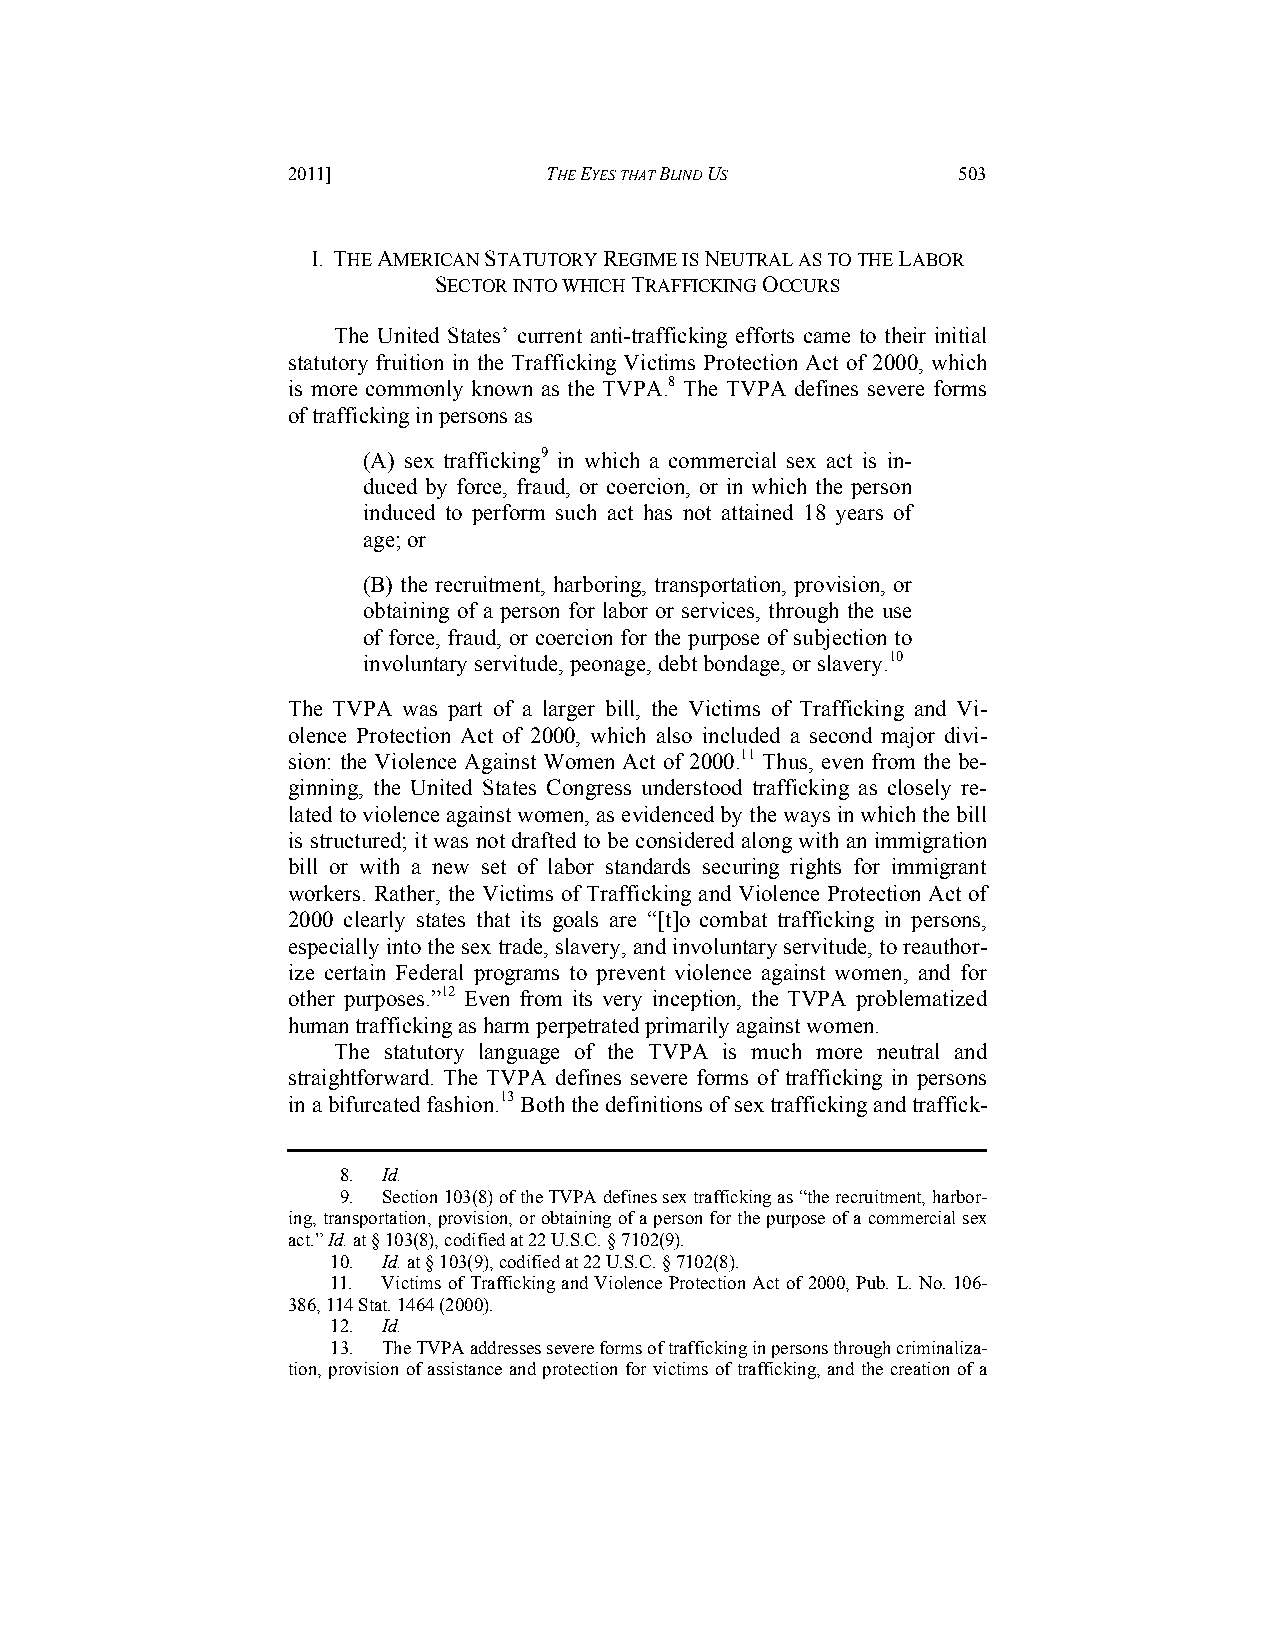
2011]            THE EYES THAT BLIND US     503
 I. THE AMERICAN STATUTORY REGIME IS NEUTRAL AS TO THE LABOR
 SECTOR INTO WHICH TRAFFICKING OCCURS
 The United States’ current anti-trafficking efforts came to their initial
 statutory fruition in the Trafficking Victims Protection Act of 2000, which
 is more commonly known as the TVPA.8 The TVPA defines severe forms
 of trafficking in persons as
 (A) sex trafficking9 in which a commercial sex act is in-
 duced by force, fraud, or coercion, or in which the person
 induced to perform such act has not attained 18 years of
 age; or
 (B) the recruitment, harboring, transportation, provision, or
 obtaining of a person for labor or services, through the use
 of force, fraud, or coercion for the purpose of subjection to
 involuntary servitude, peonage, debt bondage, or slavery.10
 The TVPA was part of a larger bill, the Victims of Trafficking and Vi-
 olence Protection Act of 2000, which also included a second major divi-
 sion: the Violence Against Women Act of 2000.11 Thus, even from the be-
 ginning, the United States Congress understood trafficking as closely re-
 lated to violence against women, as evidenced by the ways in which the bill
 is structured; it was not drafted to be considered along with an immigration
 bill or with a new set of labor standards securing rights for immigrant
 workers. Rather, the Victims of Trafficking and Violence Protection Act of
 2000 clearly states that its goals are “[t]o combat trafficking in persons,
 especially into the sex trade, slavery, and involuntary servitude, to reauthor-
 ize certain Federal programs to prevent violence against women, and for
 other purposes.”12 Even from its very inception, the TVPA problematized
 human trafficking as harm perpetrated primarily against women.
 The statutory language of the TVPA is much more neutral and
 straightforward. The TVPA defines severe forms of trafficking in persons
 in a bifurcated fashion.13 Both the definitions of sex trafficking and traffick-
 8. Id.
 9. Section 103(8) of the TVPA defines sex trafficking as “the recruitment, harbor-
 ing, transportation, provision, or obtaining of a person for the purpose of a commercial sex
 act.” Id. at § 103(8), codified at 22 U.S.C. § 7102(9).
 10. Id. at § 103(9), codified at 22 U.S.C. § 7102(8).
 11. Victims of Trafficking and Violence Protection Act of 2000, Pub. L. No. 106-
 386, 114 Stat. 1464 (2000).
 12. Id.
 13. The TVPA addresses severe forms of trafficking in persons through criminaliza-
 tion, provision of assistance and protection for victims of trafficking, and the creation of a